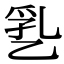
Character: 㐠